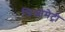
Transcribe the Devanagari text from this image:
जिअोमेट्री